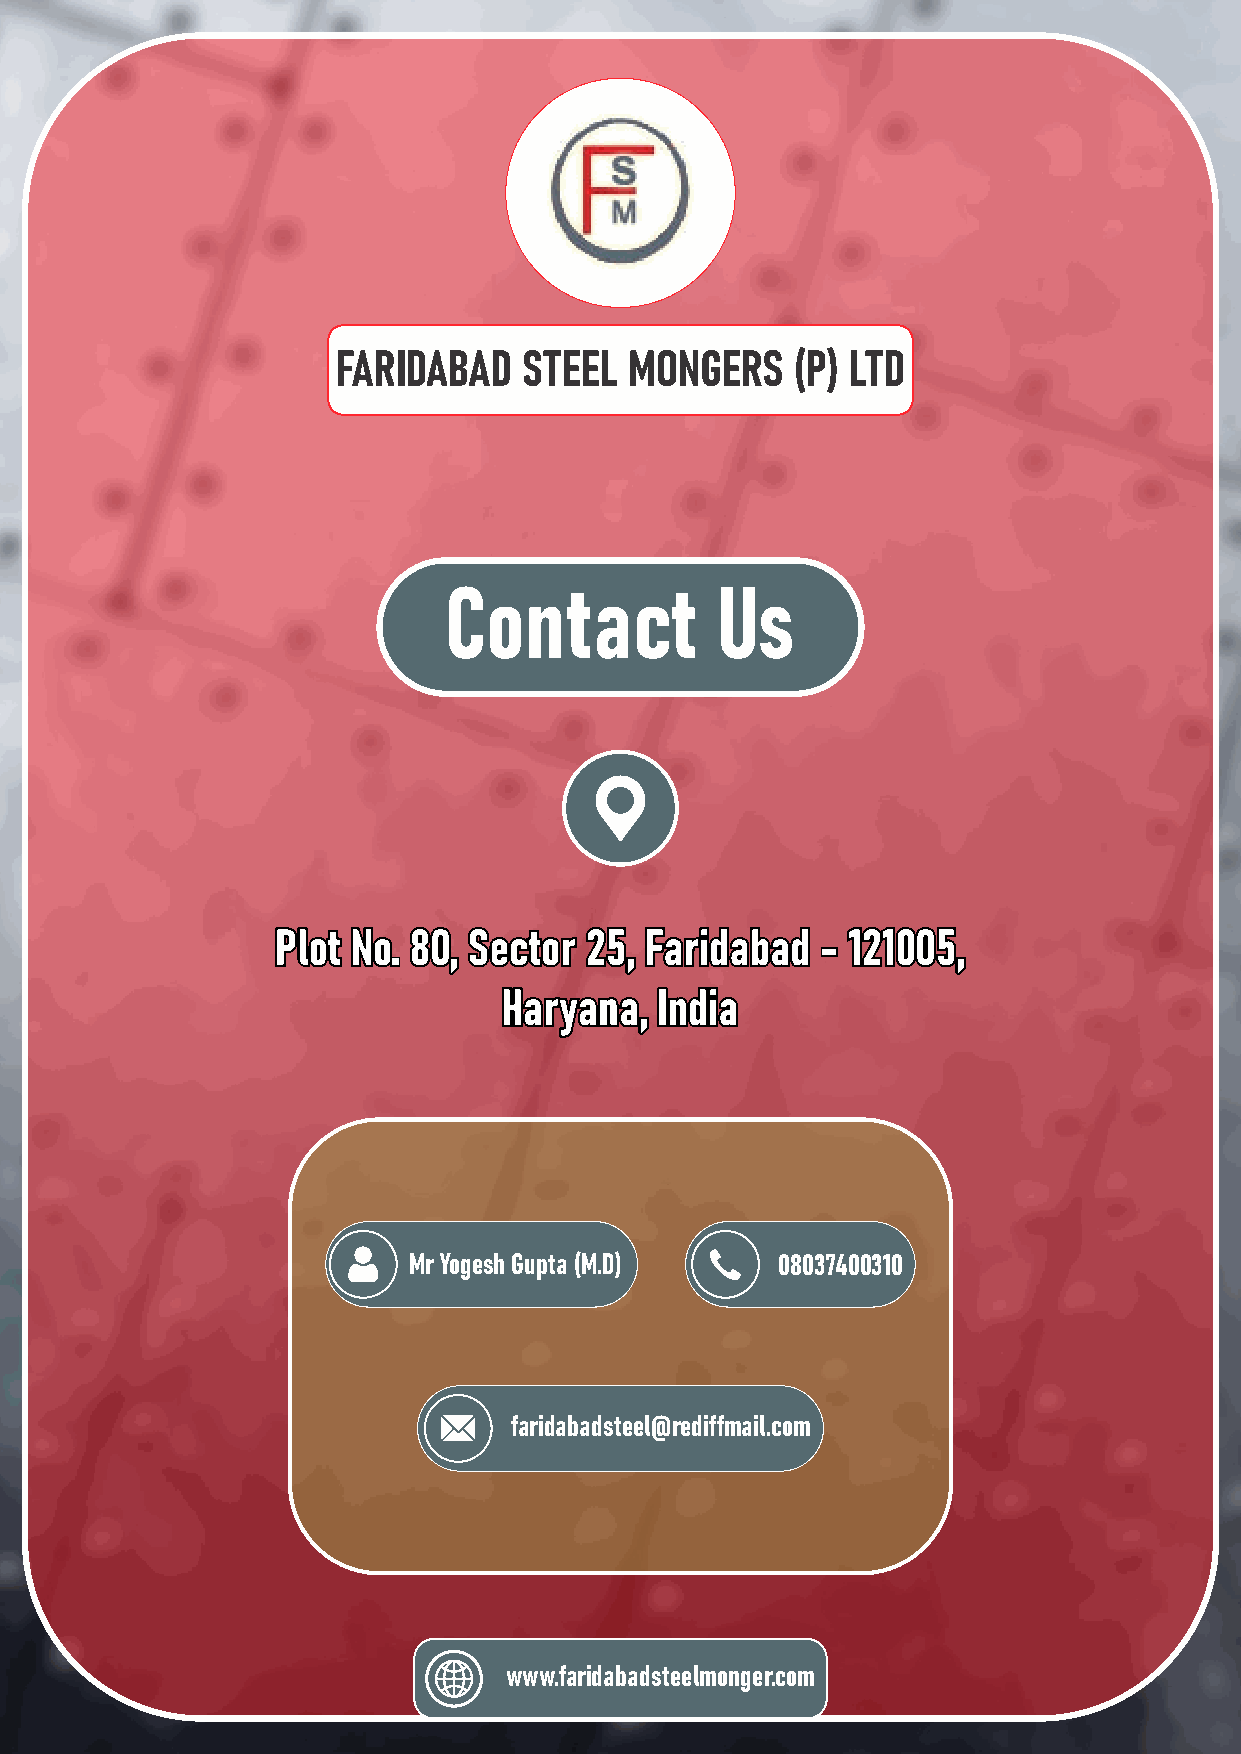
FARIDABAD    STEEL  MONGERS    (P) LTD
 Contact           Us
 PPPlllooottt NNNooo... 888000,,, SSSeeeccctttooorrr 222555,,, FFFaaarrriiidddaaabbbaaaddd --- 111222111000000555,,,
 HHHaaarrryyyaaannnaaa,,, IIInnndddiiiaaa
 Mr Yogesh Gupta (M.D)   08037400310
 faridabadsteel@rediffmail.com
 www.faridabadsteelmonger.com